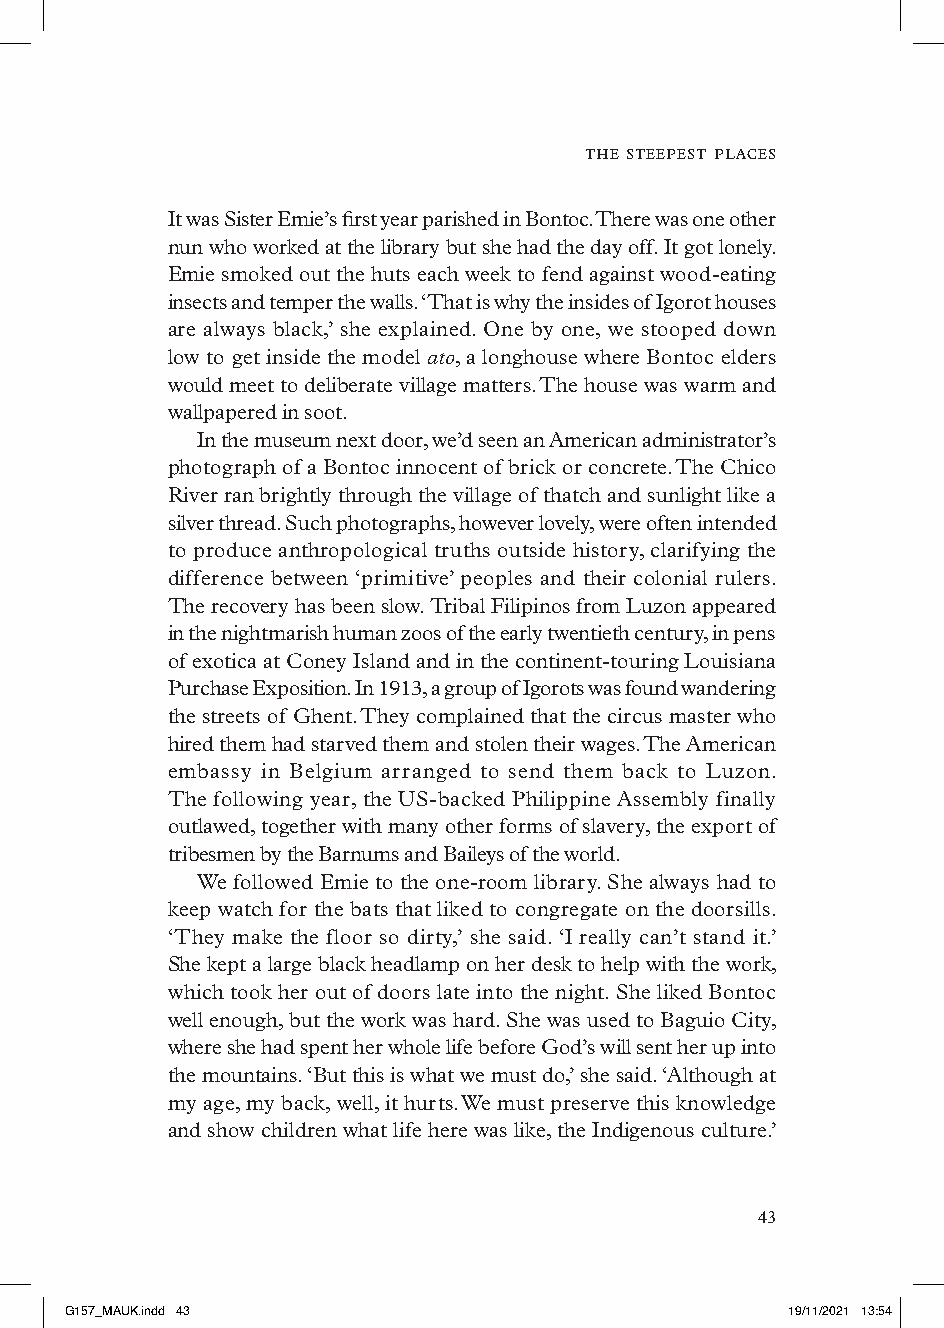
the steepest places
 It was Sister Emie’s first year parished in Bontoc. There was one other
 nun who worked at the library but she had the day off. It got lonely.
 Emie smoked out the huts each week to fend against wood-eating
 insects and temper the walls. ‘That is why the insides of Igorot houses
 are always black,’ she explained. One by one, we stooped down
 low to get inside the model ato, a longhouse where Bontoc elders
 would meet to deliberate village matters. The house was warm and
 wallpapered in soot.
 In the museum next door, we’d seen an American administrator’s
 photograph of a Bontoc innocent of brick or concrete. The Chico
 River ran brightly through the village of thatch and sunlight like a
 silver thread. Such photographs, however lovely, were often intended
 to produce anthropological truths outside history, clarifying the
 difference between ‘primitive’ peoples and their colonial rulers.
 The recovery has been slow. Tribal Filipinos from Luzon appeared
 in the nightmarish human zoos of the early twentieth century, in pens
 of exotica at Coney Island and in the continent-touring Louisiana
 Purchase Exposition. In 1913, a group of Igorots was found wandering
 the streets of Ghent. They complained that the circus master who
 hired them had starved them and stolen their wages. The American
 embassy in Belgium arranged to send them back to Luzon.
 The following year, the US-backed Philippine Assembly finally
 outlawed, together with many other forms of slavery, the export of
 tribesmen by the Barnums and Baileys of the world.
 We followed Emie to the one-room library. She always had to
 keep watch for the bats that liked to congregate on the doorsills.
 ‘They make the floor so dirty,’ she said. ‘I really can’t stand it.’
 She kept a large black headlamp on her desk to help with the work,
 which took her out of doors late into the night. She liked Bontoc
 well enough, but the work was hard. She was used to Baguio City,
 where she had spent her whole life before God’s will sent her up into
 the mountains. ‘But this is what we must do,’ she said. ‘Although at
 my age, my back, well, it hurts. We must preserve this knowledge
 and show children what life here was like, the Indigenous culture.’
 
 GG115577__MMAAUUKK..iinndddd 4433               1199//1111//22002211 1133::5544